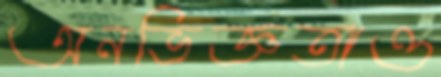
অনভিজ্ঞতাও